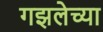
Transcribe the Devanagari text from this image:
गझलेच्या